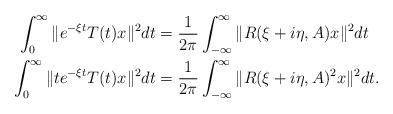
LaTeX: \begin{align*}\int^{\infty}_0 \|e^{-\xi t} T(t)x\|^2 dt &= \frac{1}{2\pi} \int^{\infty}_{-\infty} \| R(\xi +i\eta,A)x\|^2 dt \\\int^{\infty}_0 \|t e^{-\xi t} T(t)x\|^2 dt &= \frac{1}{2\pi} \int^{\infty}_{-\infty} \| R(\xi +i\eta,A)^2x\|^2 dt.\end{align*}